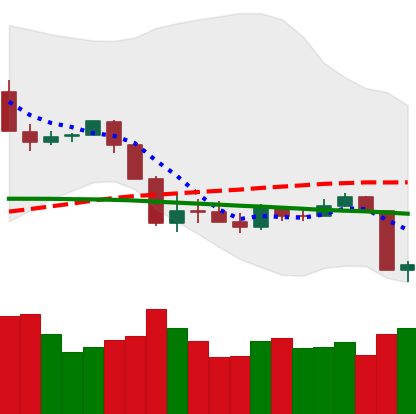
Ticker: XRP-USD
Chart end date: 2020-03-09
Forward return: -29.586%
Label: down_7plus